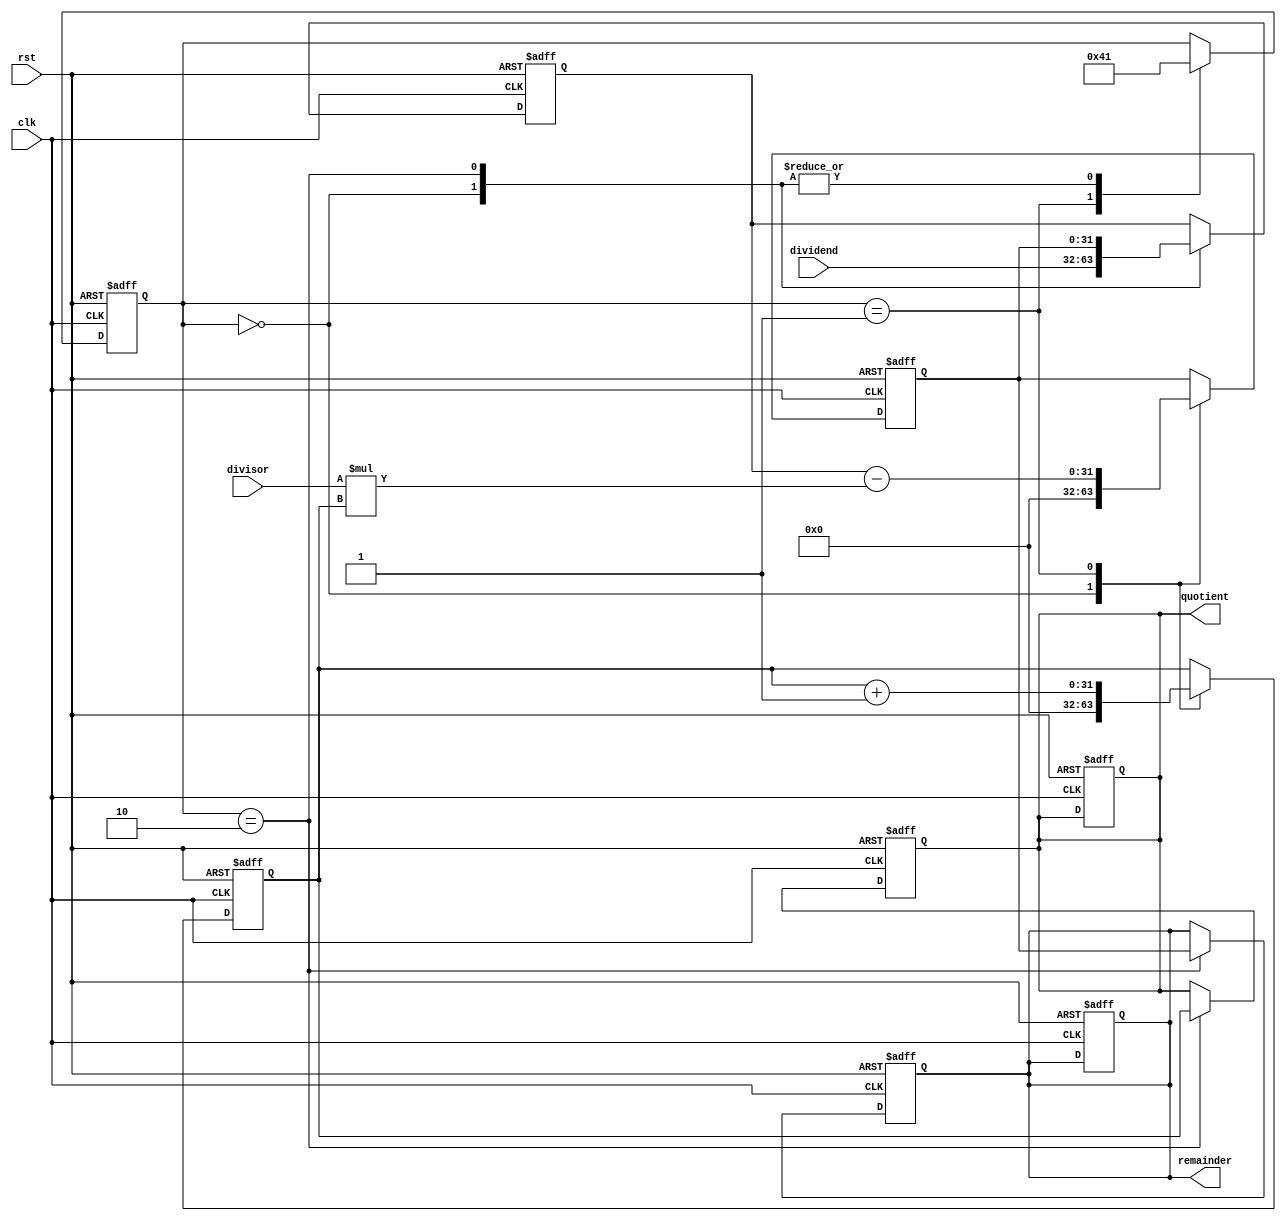
module Pipelined_Divider(
  input wire clk,
  input wire rst,
  input wire [31:0] dividend,
  input wire [31:0] divisor,
  output reg [31:0] quotient,
  output reg [31:0] remainder
);

reg [31:0] current_dividend;
reg [31:0] current_quotient;
reg [31:0] current_remainder;
reg [4:0] stage;

always @(posedge clk or posedge rst) begin
  if (rst) begin
    current_dividend <= 0;
    current_quotient <= 0;
    current_remainder <= 0;
    quotient <= 0;
    remainder <= 0;
    stage <= 0;
  end else begin
    case (stage)
      0: begin
        current_dividend <= dividend;
        current_quotient <= 0;
        current_remainder <= 0;
        stage <= 1;
      end
      1: begin
        // Perform the division operation in this stage
        current_quotient <= current_quotient + 1; // Dummy operation, replace with actual division implementation
        current_remainder <= current_dividend - divisor * current_quotient;
        stage <= 2;
      end
      // Add more stages here
      2: begin
        // Move on to the next stage
        current_dividend <= current_remainder;
        stage <= 1;
      end
    endcase
  end
end

always @(posedge clk or posedge rst) begin
  if (rst) begin
    quotient <= 0;
    remainder <= 0;
  end else begin
    if (stage == 2) begin
      quotient <= current_quotient;
      remainder <= current_remainder;
    end
  end
end

endmodule